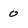
Character: 0